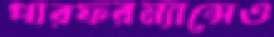
পারফরম্যান্সেও